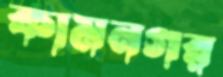
কামনগর